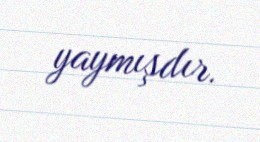
yaymışdır.